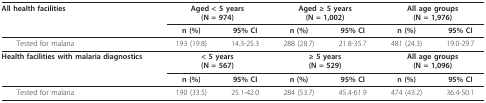
<table><thead><tr><td><b>All health facilities</b></td><td colspan="2"><b>Aged &lt; 5 years(N = 974)</b></td><td colspan="2"><b>Aged ≥ 5 years(N = 1,002)</b></td><td colspan="2"><b>All age groups(N = 1,976)</b></td></tr><tr><td>[EMPTY_CELL]</td><td><b>n (%)</b></td><td><b>95% CI</b></td><td><b>n (%)</b></td><td><b>95% CI</b></td><td><b>n (%)</b></td><td><b>95% CI</b></td></tr></thead><tbody><tr><td> Tested for malaria</td><td>193 (19.8)</td><td>14.3-25.3</td><td>288 (28.7)</td><td>21.8-35.7</td><td>481 (24.3)</td><td>19.0-29.7</td></tr><tr><td><b>Health facilities with malaria diagnostics</b></td><td colspan="2"><b>&lt; 5 years</b><b>(N = 567)</b></td><td colspan="2"><b>≥ 5 years</b><b>(N = 529)</b></td><td colspan="2"><b>All age groups</b><b>(N = 1,096)</b></td></tr><tr><td>[EMPTY_CELL]</td><td><b>n (%)</b></td><td><b>95% CI</b></td><td><b>n (%)</b></td><td><b>95% CI</b></td><td><b>n (%)</b></td><td><b>95% CI</b></td></tr><tr><td> Tested for malaria</td><td>190 (33.5)</td><td>25.1-42.0</td><td>284 (53.7)</td><td>45.4-61.9</td><td>474 (43.2)</td><td>36.4-50.1</td></tr></tbody></table>